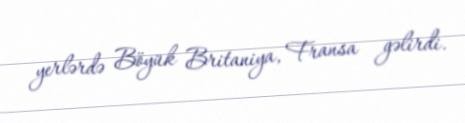
yerlərdə Böyük Britaniya, Fransa gəlirdi.